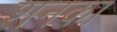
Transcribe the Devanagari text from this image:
शनका